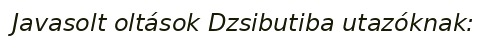
Javasolt oltások Dzsibutiba utazóknak: